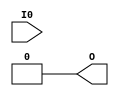
module LUT1 (
  output O,
  input I0
);
  parameter [1:0] INIT = 0;
  parameter EQN = "(I0)";

  // These timings are for PolarPro 3E; other families will need updating.
  specify
    (I0 => O) = 698; // FS -> FZ
  endspecify

  assign O = I0 ? INIT[1] : INIT[0];
endmodule